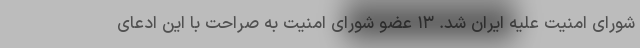
شورای امنیت علیه ایران شد. ۱۳ عضو شورای امنیت به صراحت با این ادعای